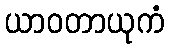
ယာဝတာယုကံ